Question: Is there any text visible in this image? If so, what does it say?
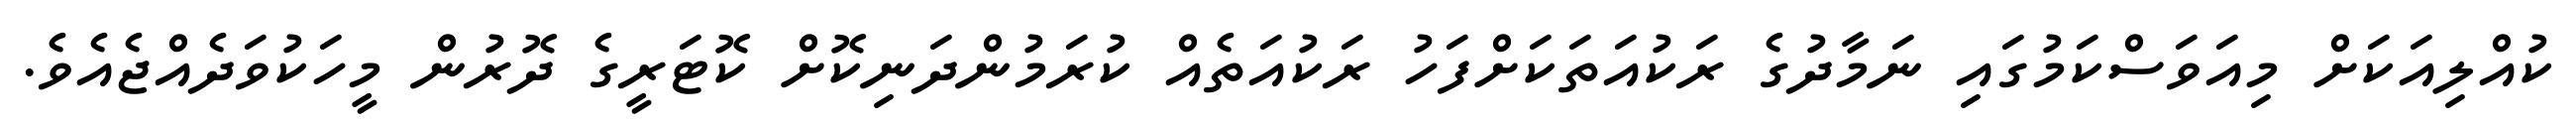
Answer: ކުއްލިއަކަށް މިއަވަސްކަމުގައި ނަމާދުގެ ރަކުއަތަކަށްފަހު ރަކުއަތެއް ކުރަމުންދަނިކޮށް ކޮޓަރީގެ ދޮރުން މީހަކުވަދެއްޖެއެވެ.